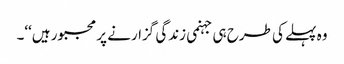
وہ پہلے کی طرح ہی جہنمی زندگی گزارنے پر مجبور ہیں‘‘۔